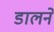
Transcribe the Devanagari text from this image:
डालनें